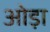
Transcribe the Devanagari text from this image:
ओड़ा